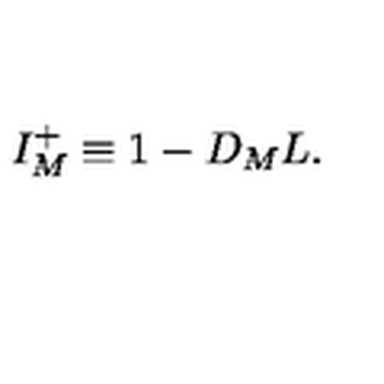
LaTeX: I _ { M } ^ { + } \equiv 1 - D _ { M } L .